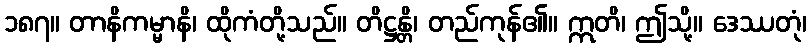
၁၈၇။ တာနိကမ္မာနိ၊ ထိုကံတို့သည်။ တိဋ္ဌန္တိ၊ တည်ကုန်၏။ ဣတိ၊ ဤသို့။ ဒေဿတုံ၊